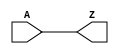
module CLKBUF_X1 (A, Z);
  input A;
  output Z;
  buf(Z, A);
  specify
    (A => Z) = (0.1, 0.1);
  endspecify
endmodule